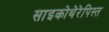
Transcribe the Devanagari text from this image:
साइकोथेरेपिस्त